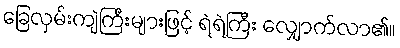
ခြေလှမ်းကျဲကြီးများဖြင့် ရဲရဲကြီး လျှောက်လာ၏။